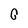
Character: 0